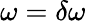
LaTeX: \omega=\delta\omega